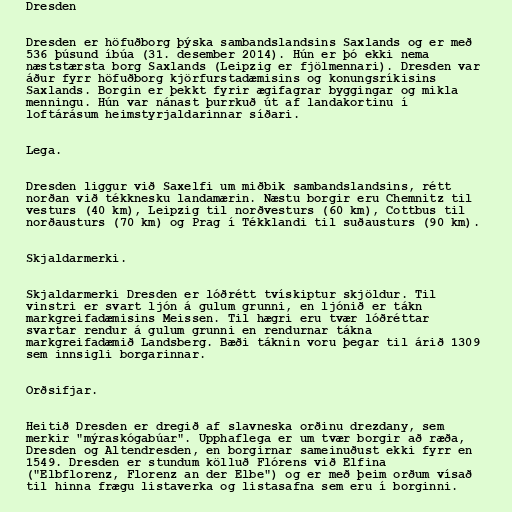
Dresden

Dresden er höfuðborg þýska sambandslandsins Saxlands og er með
536 þúsund íbúa (31. desember 2014). Hún er þó ekki nema
næststærsta borg Saxlands (Leipzig er fjölmennari). Dresden var
áður fyrr höfuðborg kjörfurstadæmisins og konungsríkisins
Saxlands. Borgin er þekkt fyrir ægifagrar byggingar og mikla
menningu. Hún var nánast þurrkuð út af landakortinu í
loftárásum heimstyrjaldarinnar síðari.

Lega.

Dresden liggur við Saxelfi um miðbik sambandslandsins, rétt
norðan við tékknesku landamærin. Næstu borgir eru Chemnitz til
vesturs (40 km), Leipzig til norðvesturs (60 km), Cottbus til
norðausturs (70 km) og Prag í Tékklandi til suðausturs (90 km).

Skjaldarmerki.

Skjaldarmerki Dresden er lóðrétt tvískiptur skjöldur. Til
vinstri er svart ljón á gulum grunni, en ljónið er tákn
markgreifadæmisins Meissen. Til hægri eru tvær lóðréttar
svartar rendur á gulum grunni en rendurnar tákna
markgreifadæmið Landsberg. Bæði táknin voru þegar til árið 1309
sem innsigli borgarinnar.

Orðsifjar.

Heitið Dresden er dregið af slavneska orðinu drezdany, sem
merkir "mýraskógabúar". Upphaflega er um tvær borgir að ræða,
Dresden og Altendresden, en borgirnar sameinuðust ekki fyrr en
1549. Dresden er stundum kölluð Flórens við Elfina
("Elbflorenz, Florenz an der Elbe") og er með þeim orðum vísað
til hinna frægu listaverka og listasafna sem eru í borginni.